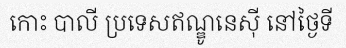
កោះ បាលី ប្រទេសឥណ្ឌូនេស៊ី នៅថ្ងៃទី